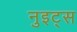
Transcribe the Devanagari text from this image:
नुइट्स